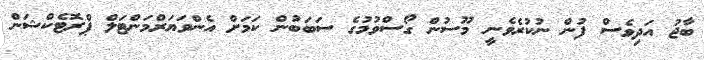
ބާޖު އަދިވެސް ފުން ނުކުރެވެނީ މޫސުން ގޯސްވުމުގެ ސަބަބުން ކަމަށް އެންވަޔަރްމަންޓަލް ޕްރޮޓެކްޝަން